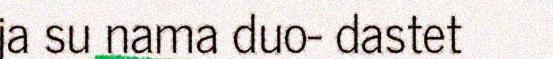
ja su nama duo- dastet